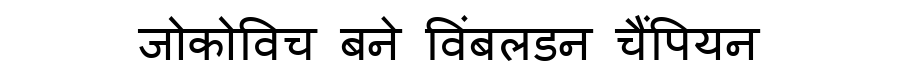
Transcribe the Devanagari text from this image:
जोकोविच बने विंबलडन चैंपियन